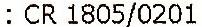
: CR 1805/0201